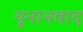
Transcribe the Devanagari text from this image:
यूनानवाद